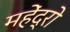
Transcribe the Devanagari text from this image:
महेंद्रो